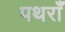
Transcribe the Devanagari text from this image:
पथराँ